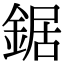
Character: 鋸